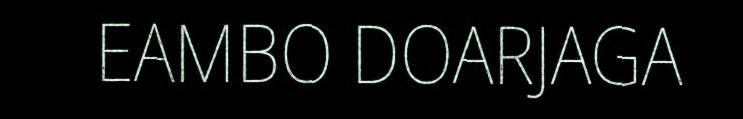
EAMBO DOARJAGA